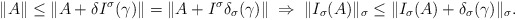
\begin{align*}\|A\| \leq \|A+\delta I^\sigma (\gamma)\| = \|A + I^\sigma \delta_\sigma(\gamma)\| \; \Rightarrow \; \|I_\sigma(A)\|_\sigma \leq \|I_\sigma(A) + \delta_\sigma(\gamma)\|_\sigma.\end{align*}